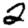
Digit: 2